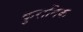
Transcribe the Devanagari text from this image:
कुरानिक